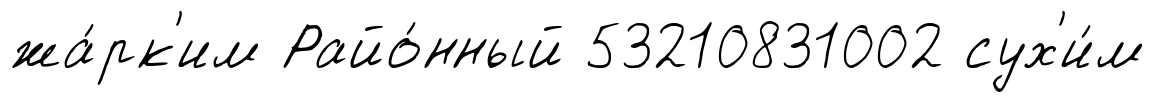
жа́рк'им Райо́нный 53210831002 сух'и́м